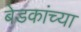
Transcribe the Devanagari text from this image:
बेडकांच्या